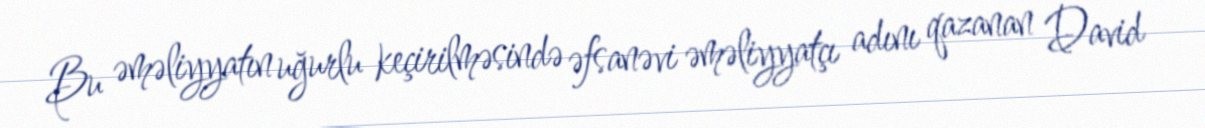
Bu əməliyyatın uğurlu keçirilməsində əfsanəvi əməliyyatçı adını qazanan David